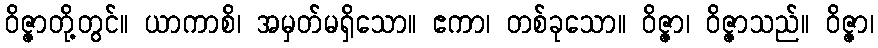
ဝိဇ္ဇာတို့တွင်။ ယာကာစိ၊ အမှတ်မရှိသော။ ဧကာ၊ တစ်ခုသော။ ဝိဇ္ဇာ၊ ဝိဇ္ဇာသည်။ ဝိဇ္ဇာ၊